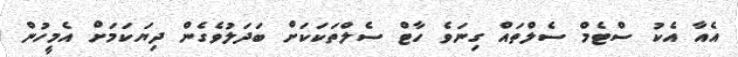
އެއާ އެކު ސްޓެމް ސެލްތައް ގިނަވެ ހާޓް ސެލްތަކަކަށް ބަދަލުވެގެން ދިޔަކަމަށް އެމީހުން